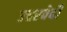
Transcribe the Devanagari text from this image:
उत्तरवेदी